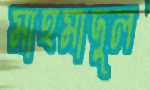
মাহমাদুল